Lunatic asylums United Provinces 1899-1908 - 1899-1908
Year: 1899
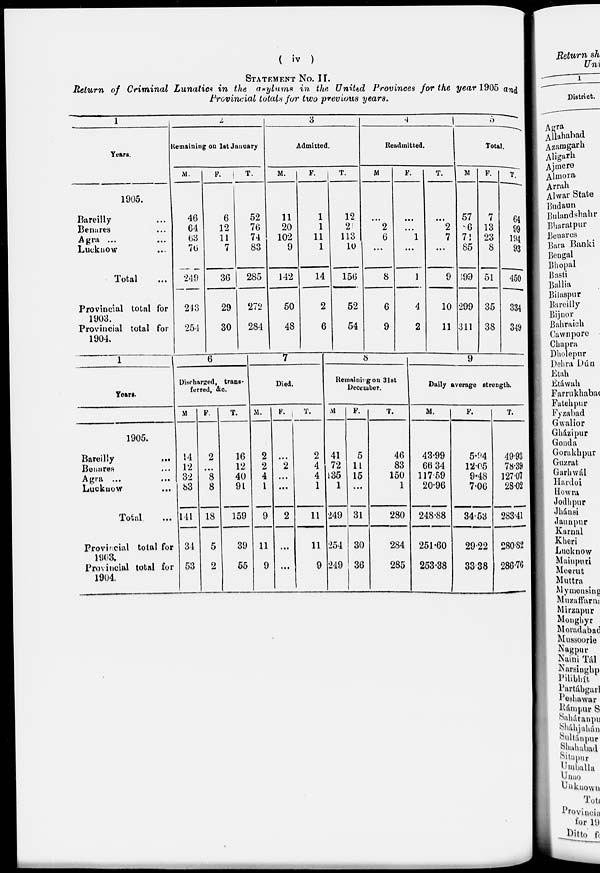
( iv )
STATEMENT NO II.
Return of Criminal Lunatics in the asylums in the United Provinces for the year 1905 and
Provincial totals for two previous years.
1
Years.
1905.
Bareilly ...
Benares ...
Agra ... ...
Lucknow ...
Total ...
Provincial total for
1903.
Provincial total for
1904.
2
Remaining on 1st January
M.
46
64
63
76
249
243
254
F.
6
12
11
7
36
29
30
T.
52
76
74
83
285
272
284
3
Admitted.
M.
11
20
102
9
142
50
48
F.
1
1
11
1
14
2
6
T.
12
21
113
10
156
52
54
4
Readmitted.
M.
...
2
6
...
8
6
9
F.
...
...
1
...
1
4
2
T.
...
2
7
...
9
10
11
5
Total.
M.
57
86
171
85
399
299
311
F.
7
13
23
8
51
35
38
T.
64
99
194
93
450
334
349
1
Years.
1905.
Bareilly
...
Benares ...
Agra ... ...
Lucknow ...
Total ...
Provincial total for
1903.
Provincial total for
1904.
6
Discharged, trans-
ferred, &c.
M.
14
12
32
83
141
34
53
F.
2
...
8
8
18
5
2
T.
16
12
40
91
159
39
55
7
Died.
M.
2
2
4
1
9
11
9
F.
...
2
...
...
2
...
...
T.
2
4
4
1
11
11
9
8
Remaining on 31st
December.
M.
41
72
135
1
249
254
249
F.
5
11
15
...
31
30
36
T.
46
83
150
1
280
284
285
9
Daily average strength.
M.
43.99
66.34
117.59
20.96
248.88
251.60
253.38
F.
5.94
12.05
9.48
7.06
34.53
29.22
33.38
T.
49.93
78.39
127.07
28.02
283.41
280.82
286.76